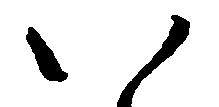
い